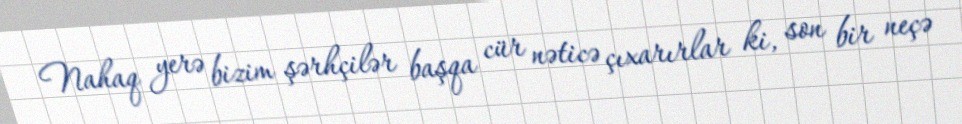
Nahaq yerə bizim şərhçilər başqa cür nəticə çıxarırlar ki, son bir neçə